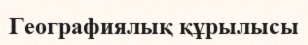
Географиялық құрылысы